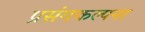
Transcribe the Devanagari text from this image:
प्रसंगकल्पना